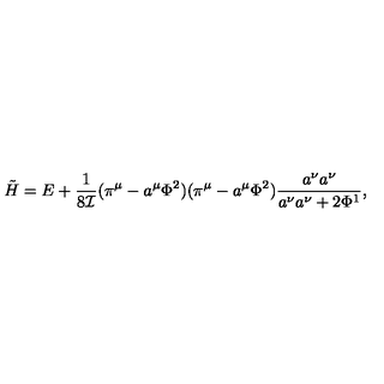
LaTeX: \tilde { H } = E + \frac { 1 } { 8 { \cal I } } ( \pi ^ { \mu } - a ^ { \mu } \Phi ^ { 2 } ) ( \pi ^ { \mu } - a ^ { \mu } \Phi ^ { 2 } ) \frac { a ^ { \nu } a ^ { \nu } } { a ^ { \nu } a ^ { \nu } + 2 \Phi ^ { 1 } } ,